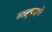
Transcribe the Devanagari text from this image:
तालुकदारी